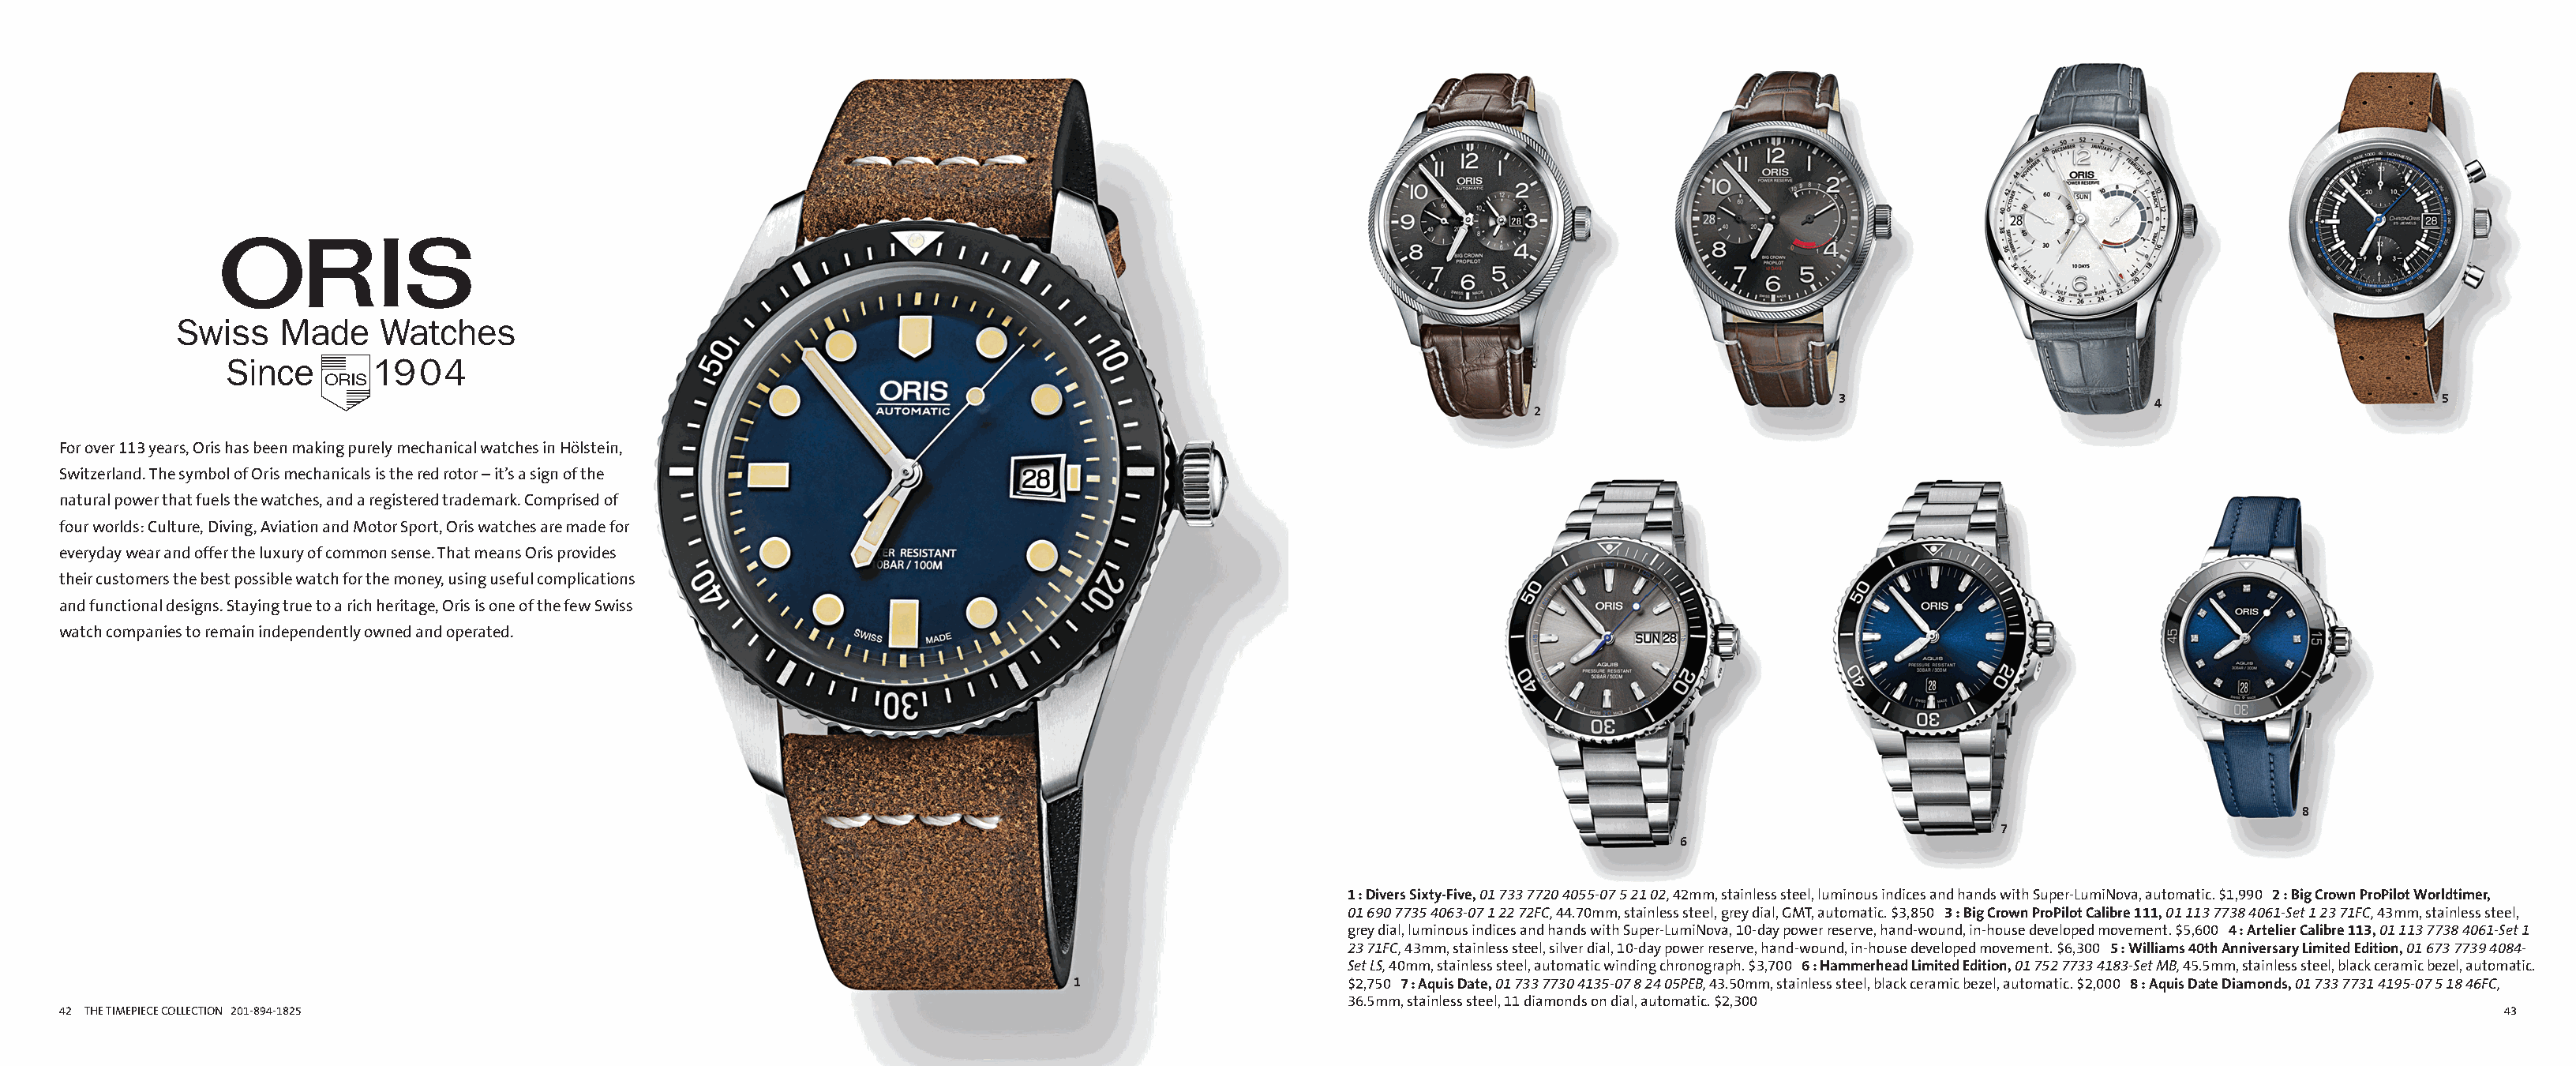
Alternate Insight ai135487b_42 Proof 1                                                              Alternate Insight ai135487b_43 Proof 2
 FullCatalogMech Text                                                                                      FullCatalogMech Text
 3                          4                       5
 2
 For over 113 years, Oris has been making purely mechanical watches in Hölstein,
 Switzerland. The symbol of Oris mechanicals is the red rotor – it’s a sign of the
 natural power that fuels the watches, and a registered trademark. Comprised of
 four worlds: Culture, Diving, Aviation and Motor Sport, Oris watches are made for
 everyday wear and offer the luxury of common sense. That means Oris provides
 their customers the best possible watch for the money, using useful complications
 and functional designs. Staying true to a rich heritage, Oris is one of the few Swiss
 watch companies to remain independently owned and operated.
 8
 7
 6
 1 : Divers Sixty-Five, 01 733 7720 4055-07 5 21 02, 42mm, stainless steel, luminous indices and hands with Super-LumiNova, automatic. $1,990 2 : Big Crown ProPilot Worldtimer,
 01 690 7735 4063-07 1 22 72FC, 44.70mm, stainless steel, grey dial, GMT, automatic. $3,850 3 : Big Crown ProPilot Calibre 111, 01 113 7738 4061-Set 1 23 71FC, 43mm, stainless steel,
 grey dial, luminous indices and hands with Super-LumiNova, 10-day power reserve, hand-wound, in-house developed movement. $5,600 4 : Artelier Calibre 113, 01 113 7738 4061-Set 1
 23 71FC, 43mm, stainless steel, silver dial, 10-day power reserve, hand-wound, in-house developed movement. $6,300 5 : Williams 40th Anniversary Limited Edition, 01 673 7739 4084-
 Set LS, 40mm, stainless steel, automatic winding chronograph. $3,700 6 : Hammerhead Limited Edition, 01 752 7733 4183-Set MB, 45.5mm, stainless steel, black ceramic bezel, automatic.
 1                      $2,750 7 : Aquis Date, 01 733 7730 4135-07 8 24 05PEB, 43.50mm, stainless steel, black ceramic bezel, automatic. $2,000 8 : Aquis Date Diamonds, 01 733 7731 4195-07 5 18 46FC,
 36.5mm, stainless steel, 11 diamonds on dial, automatic. $2,300
 42 THE TIMEPIECE COLLECTION 201-894-1825                                                                                                                                                              43
 Cyan Magenta Yellow Black                                                                                   Cyan Magenta Yellow Black